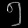
Digit: ၅